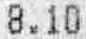
8.10